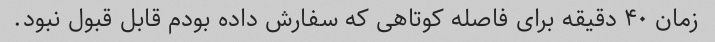
زمان ۴۰ دقیقه برای فاصله کوتاهی که سفارش داده بودم قابل قبول نبود.